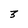
Character: 3